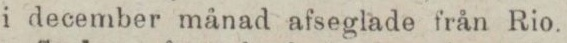
i december månad afseglade från Rio.